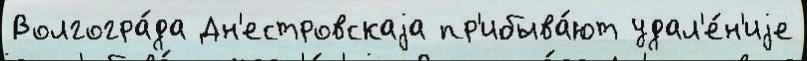
Волгогра́да Дн'естровскаjа пр'ибыва́ют удал'е́н'иjе